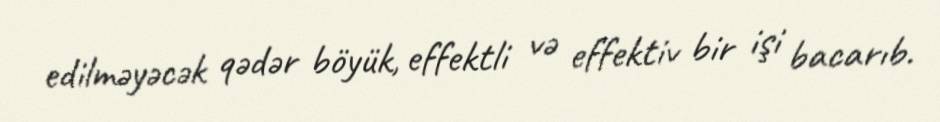
edilməyəcək qədər böyük, effektli və effektiv bir işi bacarıb.